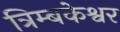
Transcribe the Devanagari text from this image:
त्रिम्बकेश्वर